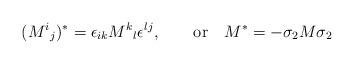
LaTeX: \begin{align*}(M^i{}_j)^* = \epsilon_{ik}M^k{}_l\epsilon^{lj}, \qquad \hbox{or}\quad M^* = -\sigma_2M\sigma_2\end{align*}